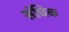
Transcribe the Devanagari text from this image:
संघिक